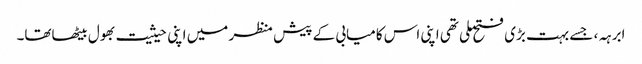
ابرہہ، جسے بہت بڑی فتح ملی تھی اپنی اس کامیابی کے پیش منظر میں اپنی حیثیت بھول بیٹھاتھا۔